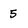
Character: 5